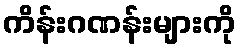
ကိန်းဂဏန်းများကို